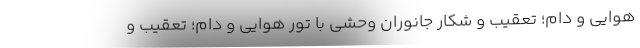
هوايي و دام؛ تعقيب و شكار جانوران وحشي با تور هوايي و دام؛ تعقيب و